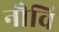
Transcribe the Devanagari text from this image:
नौवि